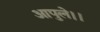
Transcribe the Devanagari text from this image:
आपुले।।